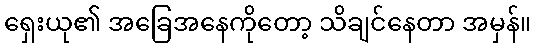
ရှေးယု၏ အခြေအနေကိုတော့ သိချင်နေတာ အမှန်။